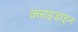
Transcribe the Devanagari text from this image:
क्लाइडाइन